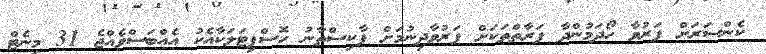
ކެންސަރަށް ފަރުވާ ހޯދަމުންދާ ފަރާތްތަކަށް ފަރުވާދިނުމަށް ޕާކިސްތާނު ހޮސްޕިޓަލަކާއެކު އެއްބަސްވެއްޖެ 31 މިނެޓް